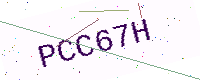
Text: PCC67H